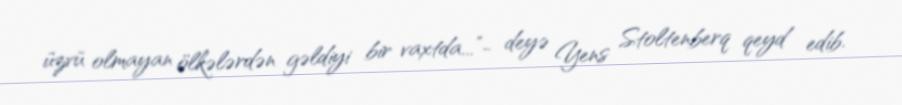
üzvü olmayan ölkələrdən gəldiyi bir vaxtda...”- deyə Yens Stoltenberq qeyd edib.